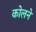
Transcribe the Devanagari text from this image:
कोलने